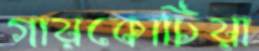
গায়কোচিয়া